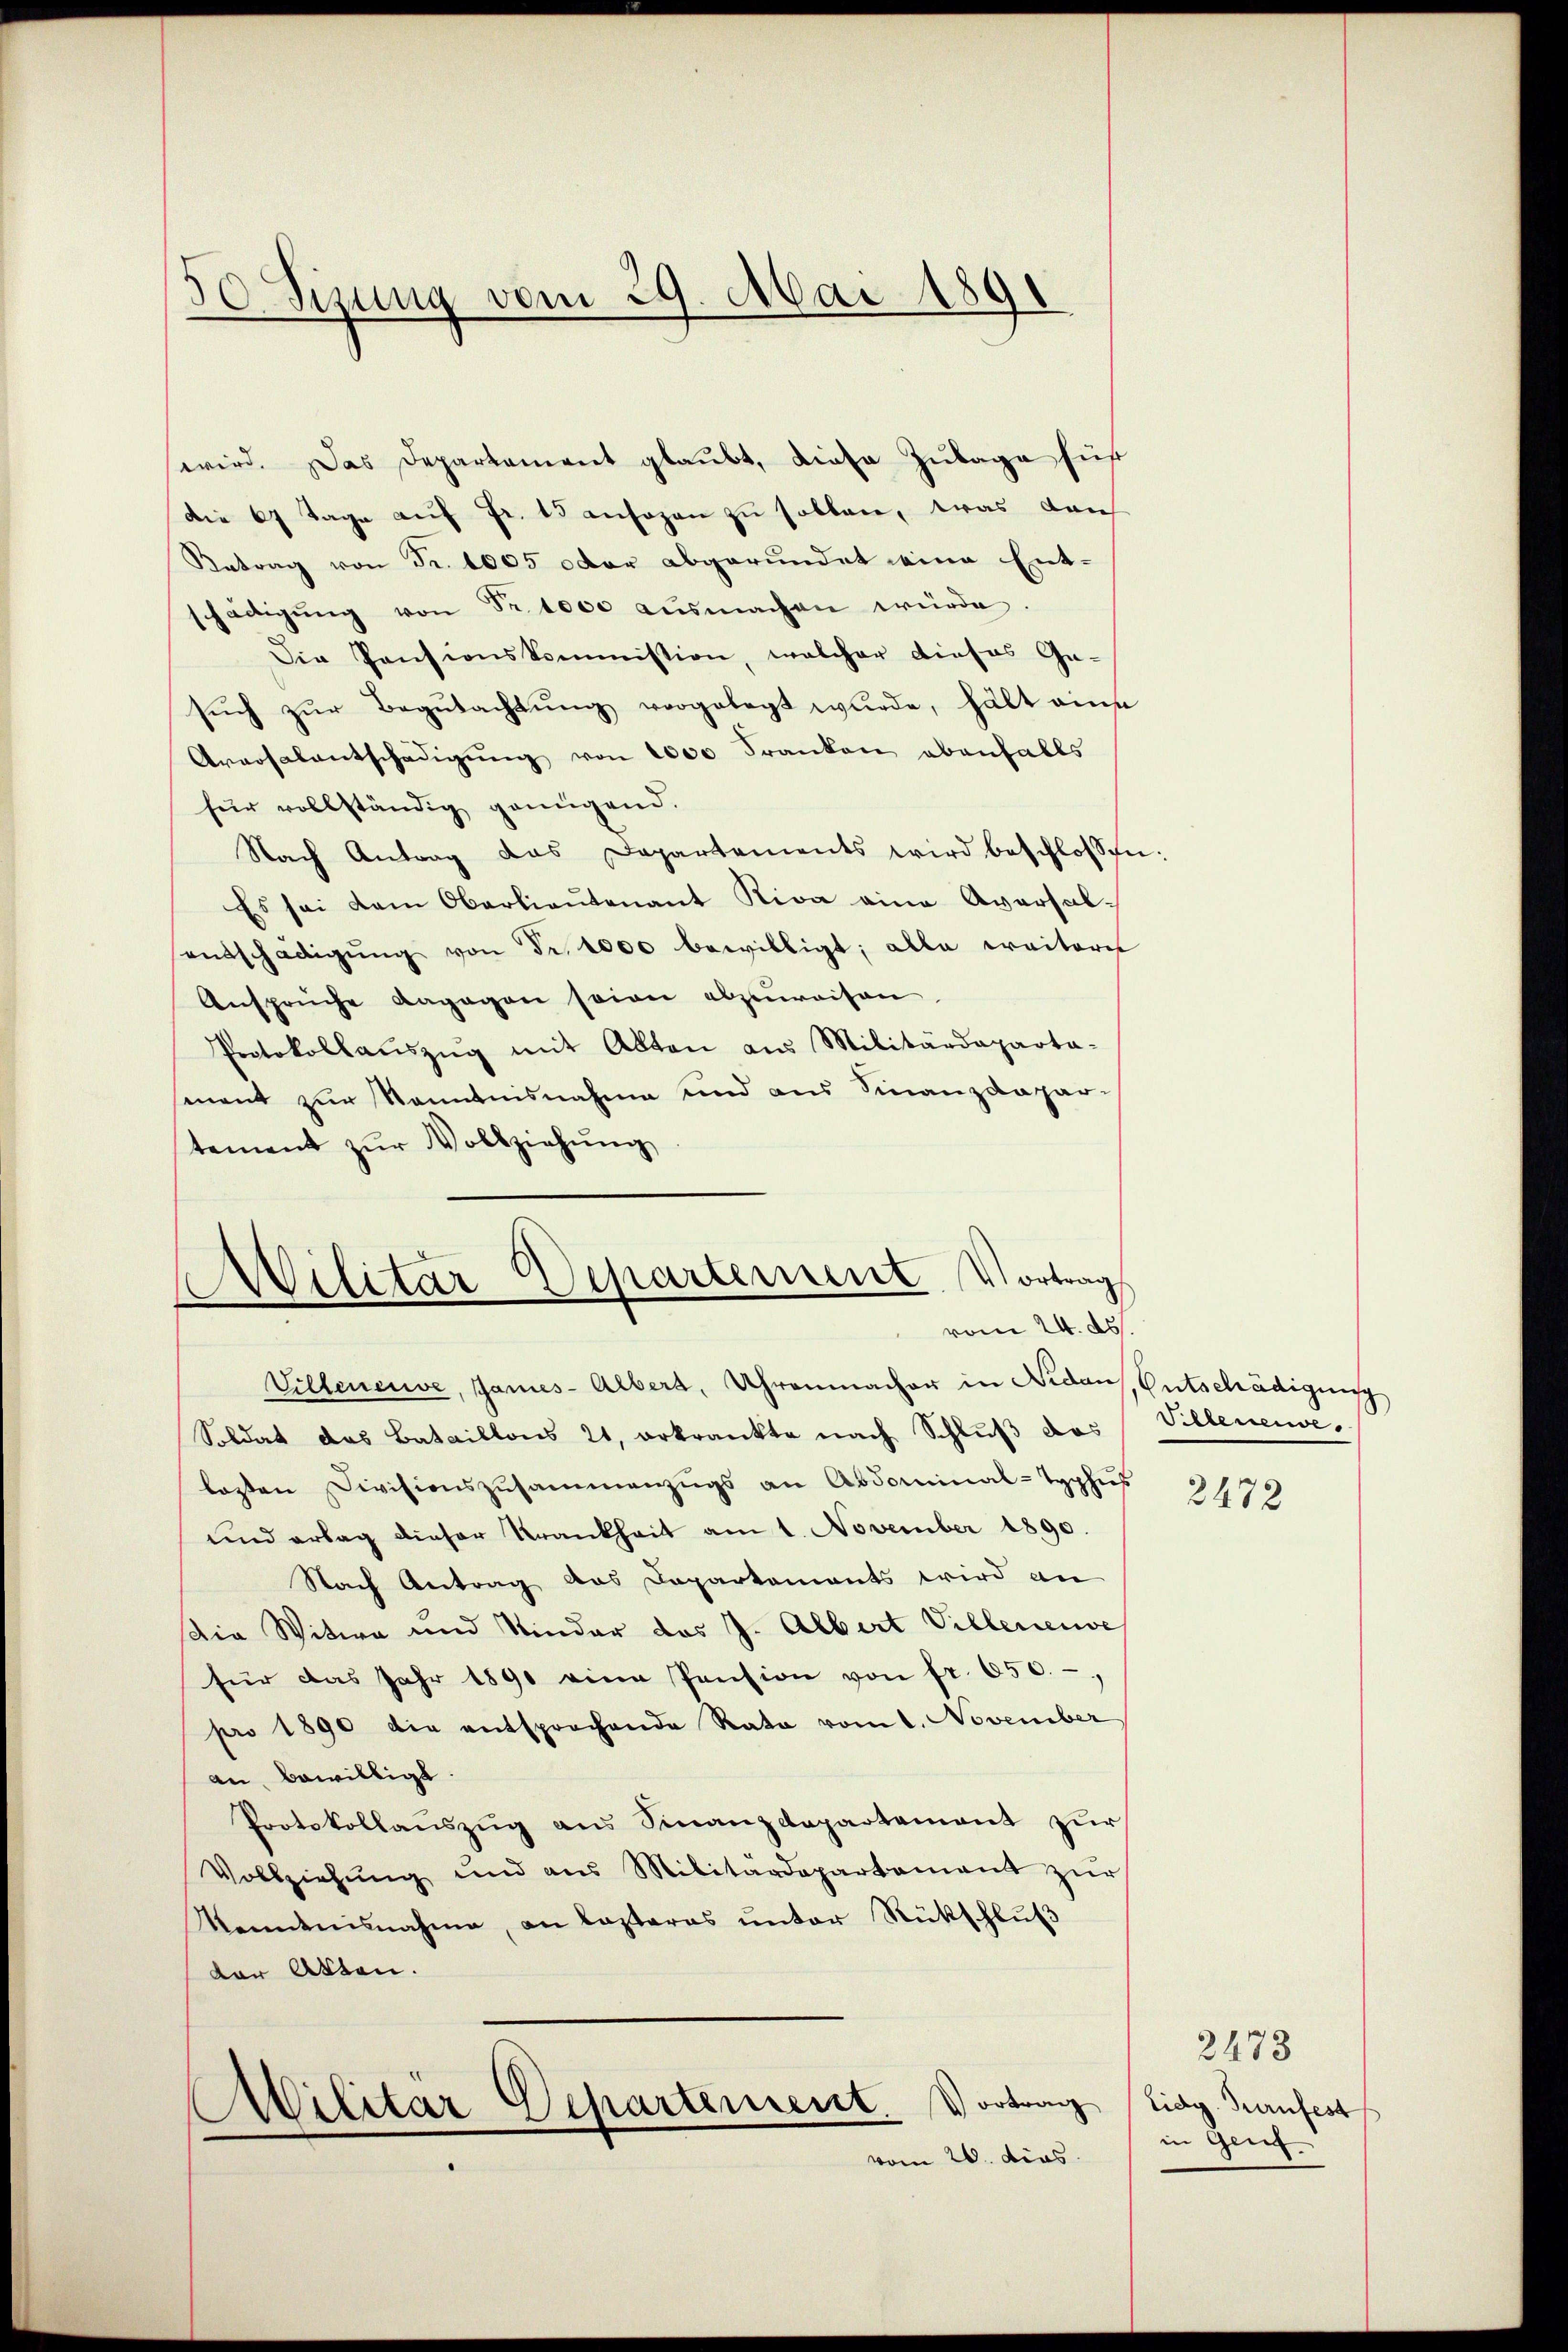
30. Sizung vom 29. Mai 1891

wird. Das Departament glaŭbt, diese Zŭlage für
die 67 Tage auf Fr. 15 ansagen zu sollen, was durch
Retrag von Fr. 1005 oder abgerundet eine Ent-
hädigŭng von Fr. 1000 ausmachen würde.
Die Pensionskommission, welcher dieses Ge-
such zur Begutachtung vorgelegt wurde, hält eine
Araosalentschädigŭng von 1000 Franken ebenfalls
für vollständig genügend.
Nach Antrag das Departements wird beschlossen:
Es sei dem Oberlieŭtenant Riva eine Aversal-
entschädigŭng von dr. 1000 bewilligt; alle weitere
Ansprüche dagegen seien abzuweisen.
Protokollaŭszŭg mit Alten aus Militärdeparta-
mant zur Kenntnisnahme und aus Finanzdepartement zŭr Vollziehŭng

Wilitar Departement. Vortrag
.
vom 24. ds.
Villeneuve, James- Albert, Uhrenmacher in Nidaus, Entschädigung

Soldat das Bataillons 21, erkrankte nach Schluß das
lasten Divisionszusammenzugs an Abdominal-Typhus
und ertag dieser Krankheit am 1. November 1890.
Nach Antrag das Dapartements wird an
Die Witwe und Kinder das J. Albert Villeneuve
für das Jahr 1890 eine Pension von fr. 650.-
pro 1890 die entsprochende Rata vom 1. November
an bewilligt.
Protokollauszug aus Sinanzdepartement zur
Vollziehŭng und aus Militärdepartament zŭr
Kenntnisnahme, an lasteres unter Rückschluß
der Akten.
Militär Departement. Vortrag (Lidg. Turnfest
vom 20. dies

Villenenve

2472

2473
in Genf.